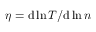
\eta = { \mathrm { d } } \ln T / { \mathrm { d } } \ln n